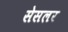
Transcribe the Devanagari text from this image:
सेसलर